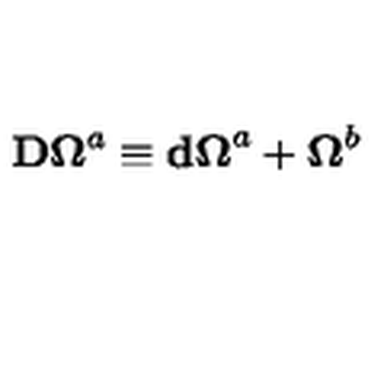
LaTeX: \mathbf { D \Omega } ^ { a } \equiv \mathbf { d \Omega } ^ { a } + \mathbf { \Omega } ^ { b }